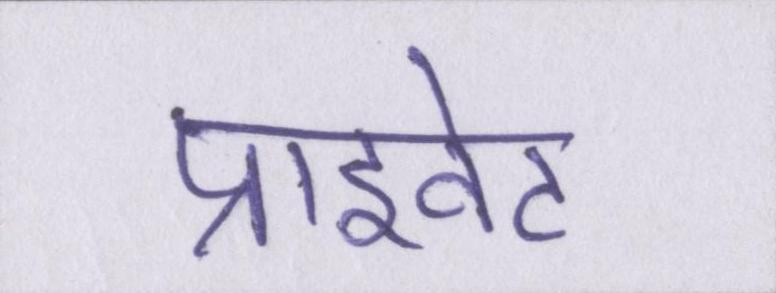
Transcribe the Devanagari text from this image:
प्राइवेट